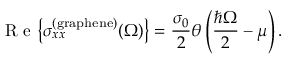
\mathrm { ~ R ~ e ~ } { \left\{ \sigma _ { x x } ^ { \mathrm { ( g r a p h e n e ) } } ( \Omega ) \right\} } = \frac { \sigma _ { 0 } } { 2 } \theta \left( \frac { \hbar \Omega } { 2 } - \mu \right) .